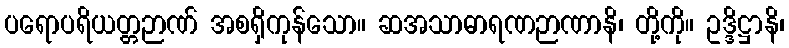
ပရောပရိယတ္တဉာဏ် အစရှိကုန်သော။ ဆအသာဓာရဏဉာဏာနိ၊ တို့ကို။ ဥဒ္ဒိဋ္ဌာနိ၊